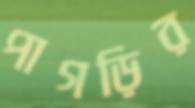
পাগড়ির